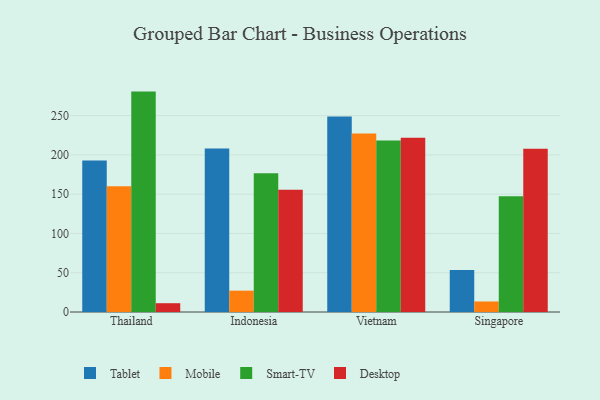
{"axis": {"x": "Country", "y": "Energy Usage (MWh)"}, "legend": ["Desktop", "Mobile", "Smart-TV", "Tablet"], "data": [{"x": "Thailand", "y": 192.9, "type": "Tablet"}, {"x": "Thailand", "y": 160.0, "type": "Mobile"}, {"x": "Thailand", "y": 280.6, "type": "Smart-TV"}, {"x": "Thailand", "y": 11.2, "type": "Desktop"}, {"x": "Indonesia", "y": 208.0, "type": "Tablet"}, {"x": "Indonesia", "y": 27.2, "type": "Mobile"}, {"x": "Indonesia", "y": 176.8, "type": "Smart-TV"}, {"x": "Indonesia", "y": 155.7, "type": "Desktop"}, {"x": "Vietnam", "y": 248.9, "type": "Tablet"}, {"x": "Vietnam", "y": 227.1, "type": "Mobile"}, {"x": "Vietnam", "y": 218.4, "type": "Smart-TV"}, {"x": "Vietnam", "y": 222.0, "type": "Desktop"}, {"x": "Singapore", "y": 53.4, "type": "Tablet"}, {"x": "Singapore", "y": 13.4, "type": "Mobile"}, {"x": "Singapore", "y": 147.3, "type": "Smart-TV"}, {"x": "Singapore", "y": 207.7, "type": "Desktop"}]}